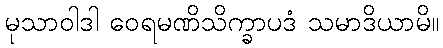
မုသာဝါဒါ ဝေရမဏိသိက္ခာပဒံ သမာဒိယာမိ။